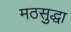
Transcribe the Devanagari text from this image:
मठसुद्धा